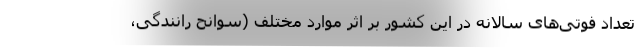
تعداد فوتی‌های سالانه در این کشور بر اثر موارد مختلف (سوانح رانندگی،